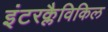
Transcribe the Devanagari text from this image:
इंटरक्लैविकिल